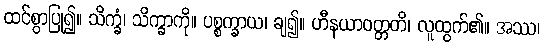
ထင်စွာပြု၍။ သိက္ခံ၊ သိက္ခာကို။ ပစ္စက္ခာယ၊ ချ၍။ ဟီနယာဝတ္တတိ၊ လူထွက်၏။ အဿ၊